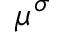
\mu ^ { \sigma }